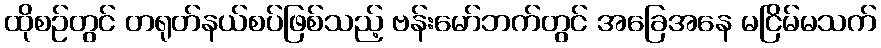
ထိုစဉ်တွင် တရုတ်နယ်စပ်ဖြစ်သည့် ဗန်းမော်ဘက်တွင် အခြေအနေ မငြိမ်မသက်